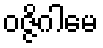
ဝဇ္ဇိဂါမေ